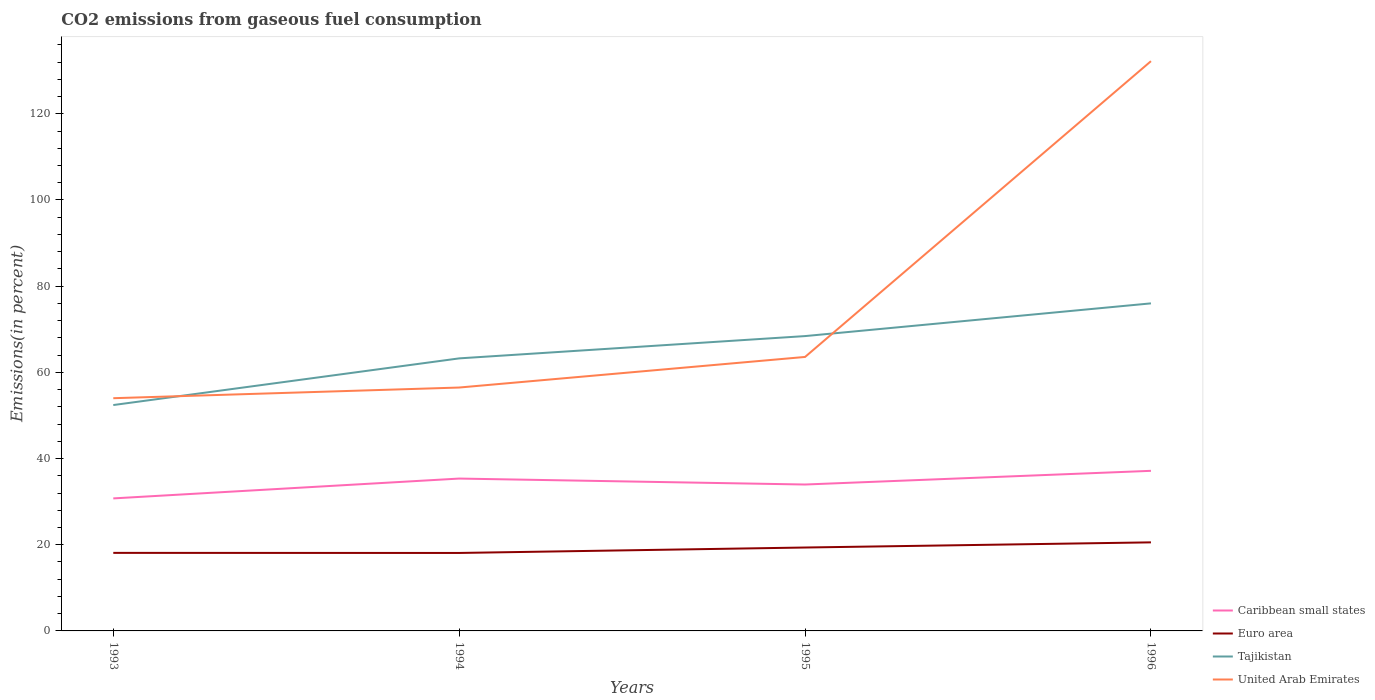
| Years | Caribbean small states | Euro area | Tajikistan | United Arab Emirates |
 | --- | --- | --- | --- | --- |
 | 1993 | 30.7 | 18.1 | 52.4 | 54 |
 | 1994 | 35.4 | 18.1 | 63.2 | 56.5 |
 | 1995 | 34 | 19.4 | 68.4 | 63.6 |
 | 1996 | 37.1 | 20.5 | 76 | 132 |